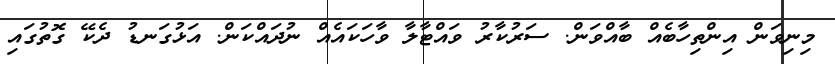
މިނިވަން އިންތިހާބެއް ބާއްވަން. ސަރުކާރު ވައްޓާލާ ވާހަކައެއް ނުދައްކަން. އަޅުގަނޑު ދެކޭ ގޮތުގައި